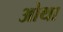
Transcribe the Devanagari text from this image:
ओथा